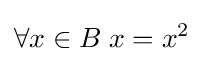
\forall x\in B\;x=x^{2}